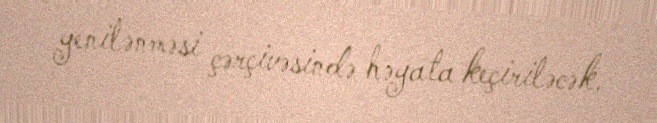
yenilənməsi çərçivəsində həyata keçiriləcək.